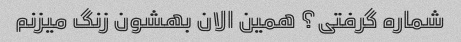
شماره گرفتی؟ همین الان بهشون زنگ میزنم